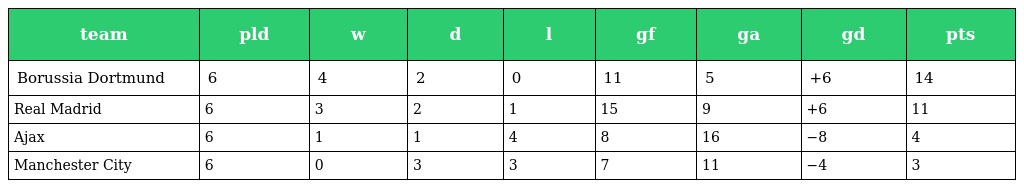
| team | pld | w | d | l | gf | ga | gd | pts |
 | --- | --- | --- | --- | --- | --- | --- | --- | --- |
 | Borussia Dortmund | 6 | 4 | 2 | 0 | 11 | 5 | +6 | 14 |
 | Real Madrid | 6 | 3 | 2 | 1 | 15 | 9 | +6 | 11 |
 | Ajax | 6 | 1 | 1 | 4 | 8 | 16 | −8 | 4 |
 | Manchester City | 6 | 0 | 3 | 3 | 7 | 11 | −4 | 3 |